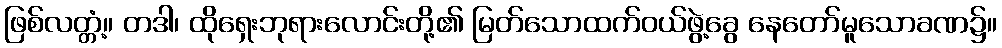
ဖြစ်လတ္တံ့။ တဒါ၊ ထိုရှေးဘုရားလောင်းတို့၏ မြတ်သောထက်ဝယ်ဖွဲ့ခွေ နေတော်မူသောခဏ၌။